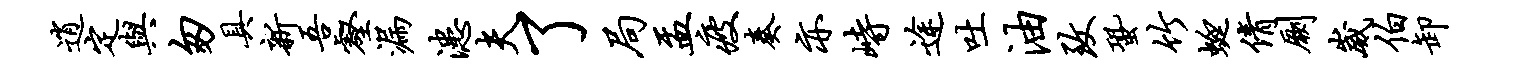
逍定与匆具新吾壑漏漶夫了局盂疲奏亦峙途吐油致蛩竹蜓倩劂崴伯卸